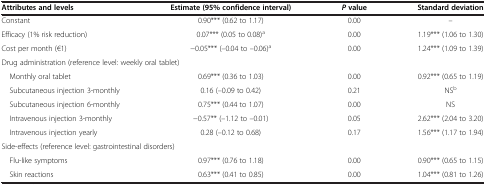
| Attributes and levels | Estimate (95% confidence interval) | P value | Standard deviation |
 | --- | --- | --- | --- |
 | Constant | 0.90*** (0.62 to 1.17) | 0.00 | – |
 | Efficacy (1% risk reduction) | 0.07*** (0.05 to 0.08)a | 0.00 | 1.19*** (1.06 to 1.30) |
 | Cost per month (€1) | -0.05*** (–0.04 to –0.06)a | 0.00 | 1.24*** (1.09 to 1.39) |
 | <COLSPAN=4> Drug administration (reference level: weekly oral tablet) |
 | Monthly oral tablet | 0.69*** (0.36 to 1.03) | 0.00 | 0.92*** (0.65 to 1.19) |
 | Subcutaneous injection 3-monthly | 0.16 (–0.09 to 0.42) | 0.21 | NSb |
 | Subcutaneous injection 6-monthly | 0.75*** (0.44 to 1.07) | 0.00 | NS |
 | Intravenous injection 3-monthly | -0.57** (–1.12 to –0.01) | 0.05 | 2.62*** (2.04 to 3.20) |
 | Intravenous injection yearly | 0.28 (–0.12 to 0.68) | 0.17 | 1.56*** (1.17 to 1.94) |
 | <COLSPAN=4> Side-effects (reference level: gastrointestinal disorders) |
 | Flu-like symptoms | 0.97*** (0.76 to 1.18) | 0.00 | 0.90*** (0.65 to 1.15) |
 | Skin reactions | 0.63*** (0.41 to 0.85) | 0.00 | 1.04*** (0.81 to 1.26) |